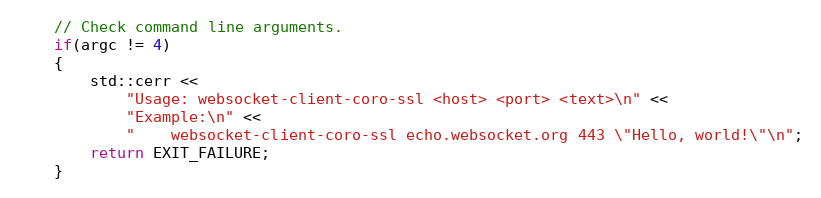
Language: C++
    // Check command line arguments.
    if(argc != 4)
    {
        std::cerr <<
            "Usage: websocket-client-coro-ssl <host> <port> <text>\n" <<
            "Example:\n" <<
            "    websocket-client-coro-ssl echo.websocket.org 443 \"Hello, world!\"\n";
        return EXIT_FAILURE;
    }